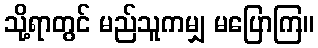
သို့ရာတွင် မည်သူကမျှ မပြောကြ။